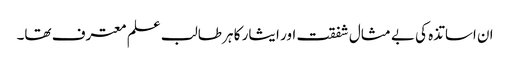
ان اساتذہ کی بے مثال شفقت اور ایثار کا ہر طالب علم معترف تھا۔